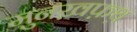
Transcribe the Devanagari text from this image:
मुनख़फ़थ़